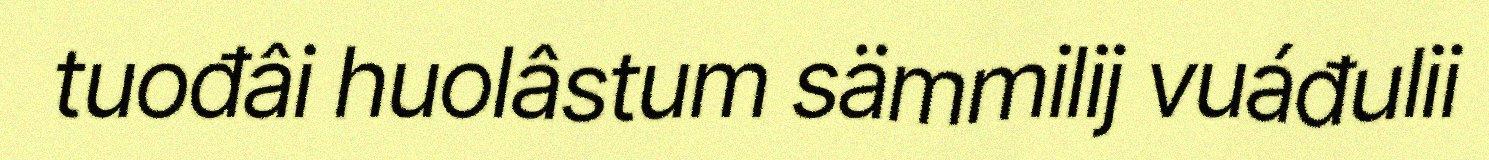
tuođâi huolâstum sämmilij vuáđulii